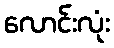
လောင်းလုံး